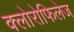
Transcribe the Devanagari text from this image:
क्लोरोफिलेज